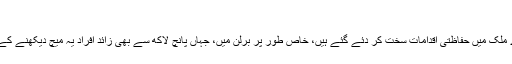
‘‘
کھیل کے دوران صورت حال کو قابو میں رکھنے کے لیے پورے ملک میں حفاظتی اقدامات سخت کر دئے گئے ہیں، خاص طور پر برلن میں، جہاں پانچ لاکھ سے بھی زائد افراد یہ میچ دیکھنے کے لئے مشہورِ زمانہ برانڈن برگ گیٹ کے قریب جمع ہو رہے ہیں۔